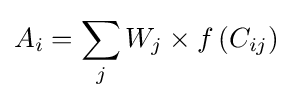
A_{i}=\sum _{j}{W_{j}}\times f\left({C_{ij}}\right)